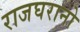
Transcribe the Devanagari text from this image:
राजघरानो